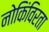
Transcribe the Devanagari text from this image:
नोकिंविरता